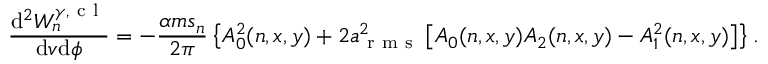
\frac { \mathrm { d } ^ { 2 } W _ { n } ^ { \gamma , \mathrm { ~ c ~ l ~ } } } { \mathrm { d } v \mathrm { d } \phi } = - \frac { \alpha m s _ { n } } { 2 \pi } \left\{ A _ { 0 } ^ { 2 } ( n , x , y ) + 2 a _ { \mathrm { ~ r ~ m ~ s ~ } } ^ { 2 } \left[ A _ { 0 } ( n , x , y ) A _ { 2 } ( n , x , y ) - A _ { 1 } ^ { 2 } ( n , x , y ) \right] \right\} .